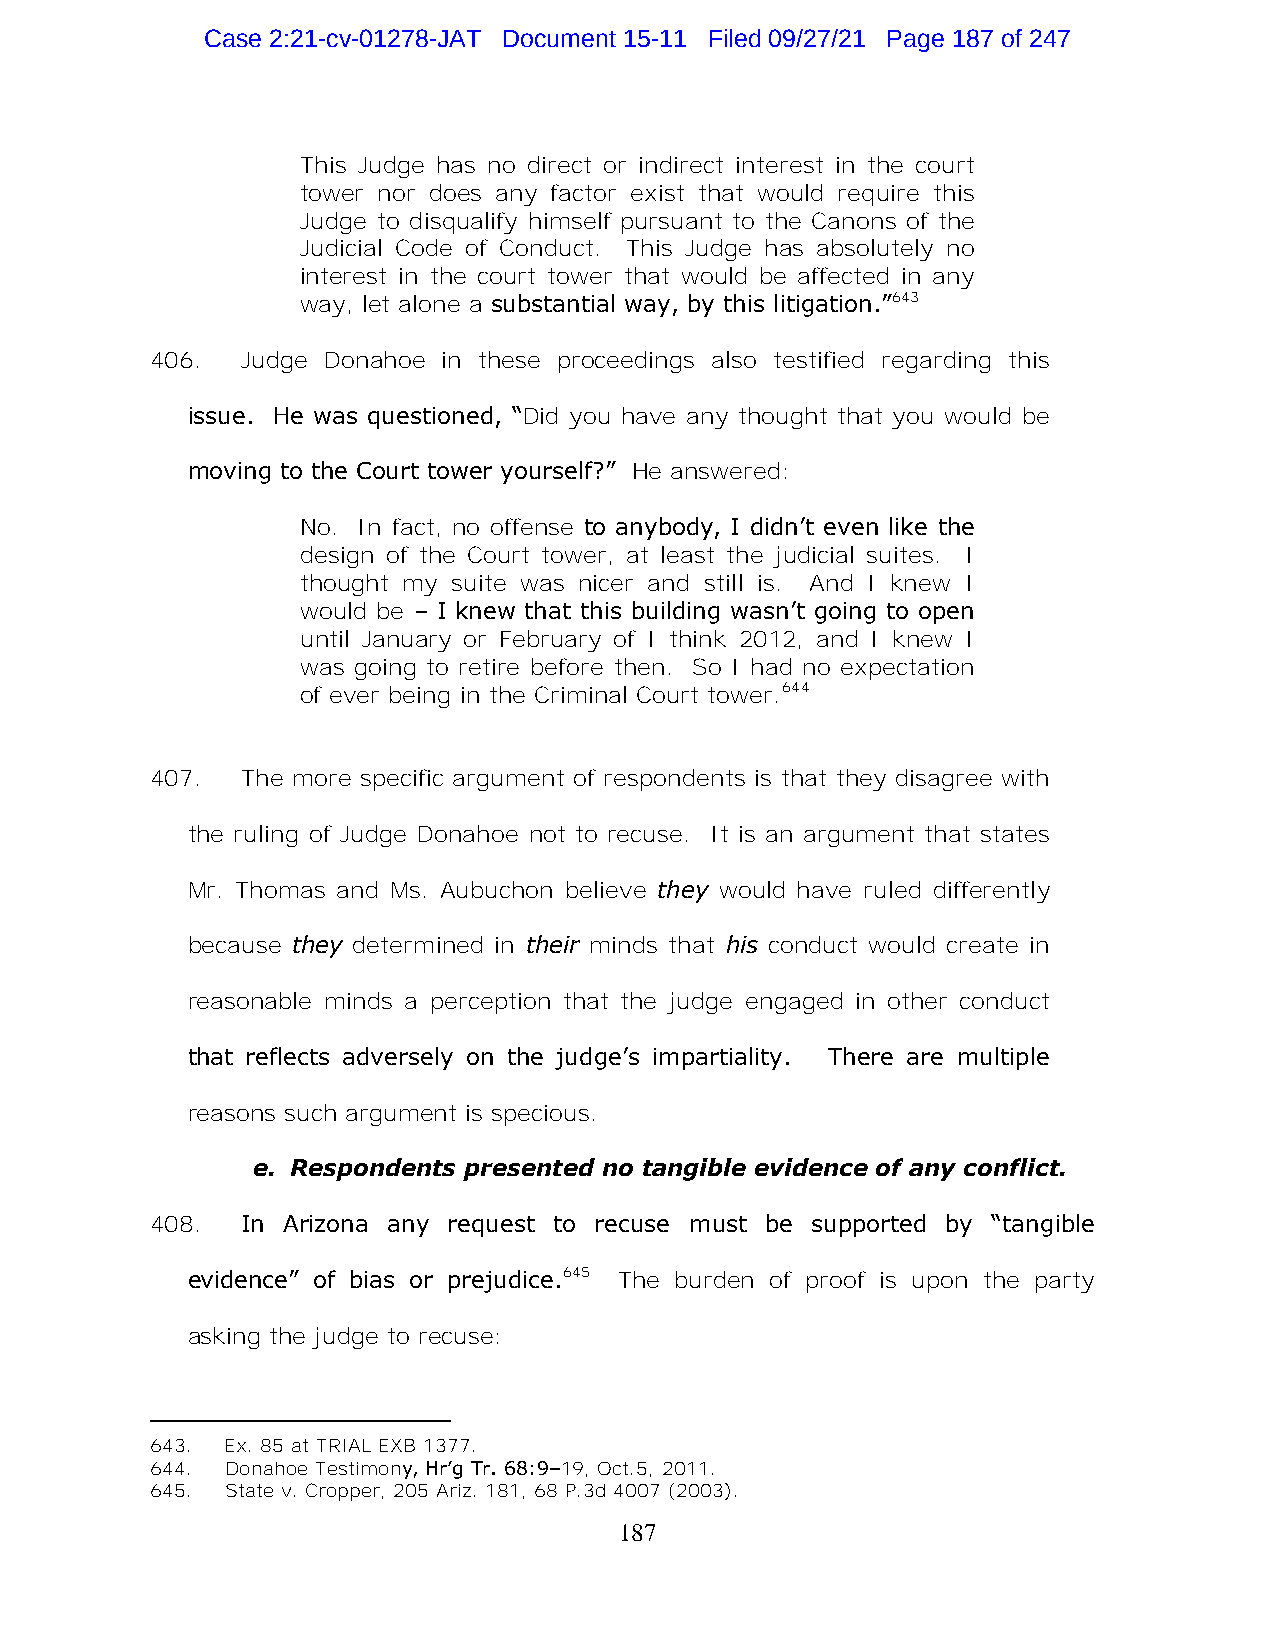
Case 2:21-cv-01278-JAT Document 15-11 Filed 09/27/21 Page 187 of 247
 This Judge has no direct or indirect interest in the court
 tower nor does any factor exist that would require this
 Judge to disqualify himself pursuant to the Canons of the
 Judicial Code of Conduct. This Judge has absolutely no
 interest in the court tower that would be affected in any
 way, let alone a substantial way, by this litigation.”643
 406.  Judge Donahoe in these proceedings also testified regarding this
 issue. He was questioned, “Did you have any thought that you would be
 moving to the Court tower yourself?” He answered:
 No. In fact, no offense to anybody, I didn’t even like the
 design of the Court tower, at least the judicial suites. I
 thought my suite was nicer and still is. And I knew I
 would be – I knew that this building wasn’t going to open
 until January or February of I think 2012, and I knew I
 was going to retire before then. So I had no expectation
 of ever being in the Criminal Court tower.644
 407.  The more specific argument of respondents is that they disagree with
 the ruling of Judge Donahoe not to recuse. It is an argument that states
 Mr. Thomas and Ms. Aubuchon believe they would have ruled differently
 because they determined in their minds that his conduct would create in
 reasonable minds a perception that the judge engaged in other conduct
 that reflects adversely on the judge’s impartiality. There are multiple
 reasons such argument is specious.
 e. Respondents presented no tangible evidence of any conflict.
 408.  In Arizona any request to recuse must be supported by “tangible
 evidence” of bias or prejudice.645 The burden of proof is upon the party
 asking the judge to recuse:
 643. Ex. 85 at TRIAL EXB 1377.
 644. Donahoe Testimony, Hr’g Tr. 68:9–19, Oct.5, 2011.
 645. State v. Cropper, 205 Ariz. 181, 68 P.3d 4007 (2003).
 187